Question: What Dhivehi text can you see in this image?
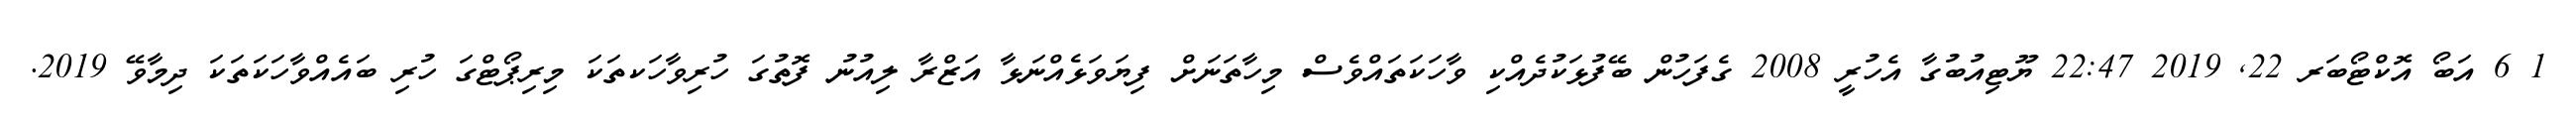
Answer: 1 6 އަބޯ އޮކްޓޯބަރ 22, 2019 22:47 ޔޫޓިއުބުގާ އެހުރީ 2008 ގެފަހުން ބޭފުޅަކުދެއްކި ވާހަކަތައްވެސް މިހާތަނަށް ފިޔަވަޅެއްނަޅާ އަޒްރާ ލިއުނު ފޮތުގަ ހުރިވާހަކތަކަ މިރިޕޯޓްގަ ހުރި ބައެއްވާހަކަތަކަ ދިމާވޭ 2019.